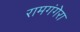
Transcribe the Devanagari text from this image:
रामगंगेरा